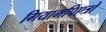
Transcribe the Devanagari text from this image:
गियामपिएत्रो